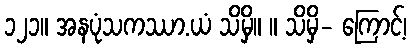
၁၂၁။ အနပုံသကဿာ.ယံ သိမှိ။ ။ သိမှိ- ကြောင့်၊